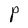
Character: P